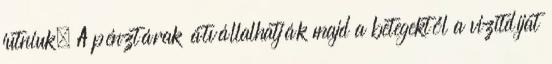
jutniuk. A pénztárak átvállalhatják majd a betegektől a vizitdíjat